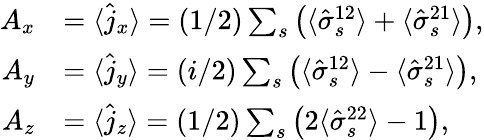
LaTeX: \begin{array}{rl}{A_{x}}&{=\langle\hat{j}_{x}\rangle=(1/2)\sum_{s}\left(\langle\hat{\sigma}_{s}^{12}\rangle+\langle\hat{\sigma}_{s}^{21}\rangle\right),}\\ {A_{y}}&{=\langle\hat{j}_{y}\rangle=(i/2)\sum_{s}\left(\langle\hat{\sigma}_{s}^{12}\rangle-\langle\hat{\sigma}_{s}^{21}\rangle\right),}\\ {A_{z}}&{=\langle\hat{j}_{z}\rangle=(1/2)\sum_{s}\left(2\langle\hat{\sigma}_{s}^{22}\rangle-1\right),}\end{array}